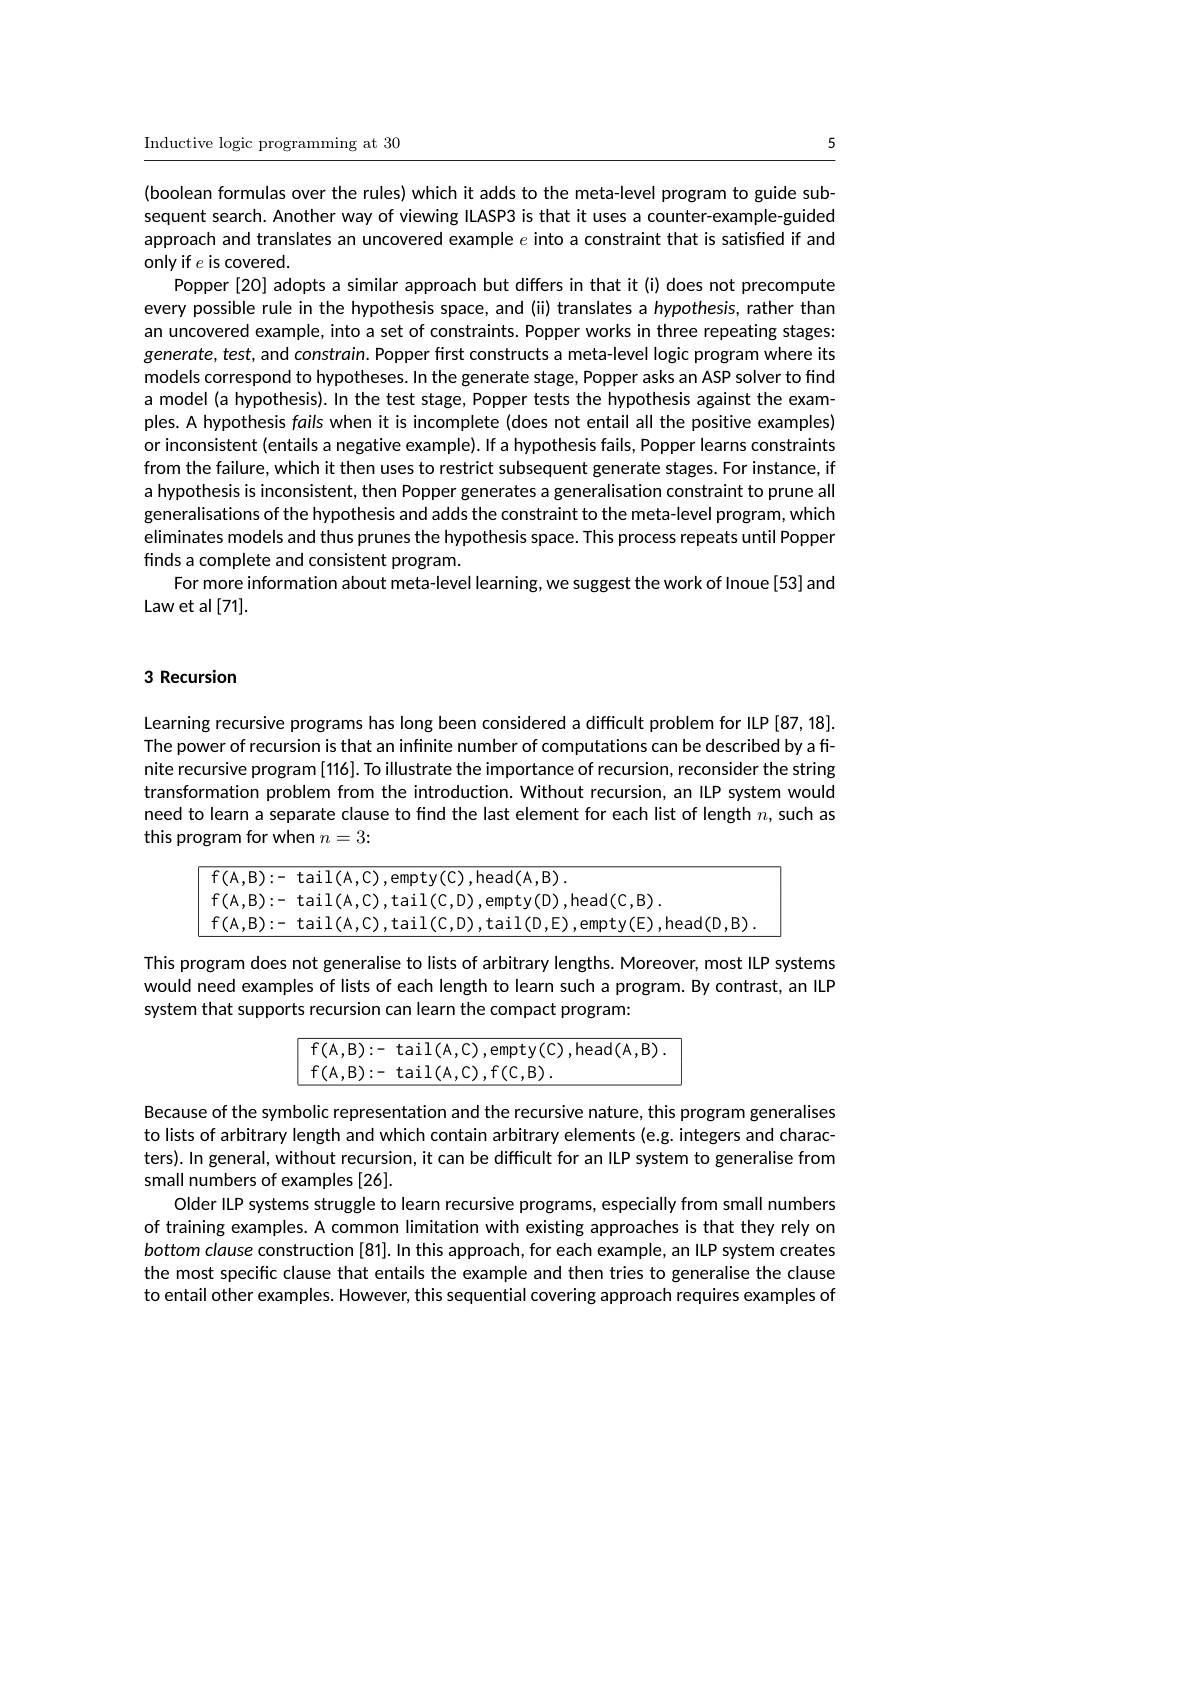
5

Inductive logic programming at 30

(boolean formulas over the rules) which it adds to the meta-level program to guide subsequent search. Another way of viewing ILASP3 is that it uses a counter-example-guided approach and translates an uncovered example $e$ into a constraint that is satisfied if and only if $e$ is covered.
Popper[20] adopts a similar approach but differs in that it(i) does not precompute every possible rule in the hypothesis space, and (ii) translates a hypothesis, rather than an uncovered example, into a set of constraints. Popper works in three repeating stages: generate, test, and constrain. Popper first constructs a meta-level logic program where its models correspond to hypotheses. In the generate stage, Popper asks an ASP solver to find a model(a hypothesis). In the test stage, Popper tests the hypothesis against the examples. A hypothesis fails when it is incomplete (does not entail all the positive examples) or inconsistent (entails a negative example).If a hypothesis fails, Popper learns constraints from the failure, which it then uses to restrict subsequent generate stages.For instance, if a hypothesis is inconsistent, then Popper generates a generalisation constraint to prune all generalisations of the hypothesis and adds the constraint to the meta-level program, which eliminates models and thus prunes the hypothesis space. This process repeats until Popper finds a complete and consistent program.
For more information about meta-level learning, we suggest the work of Inoue [53] and
Law et al [71].

### 3 Recursion

Learning recursive programs has long been considered a difficult problem for ILP[87,18]. The power of recursion is that an infinite number of computations can be described by a finite recursive program [116]. To illustrate the importance of recursion, reconsider the string transformation problem from the introduction. Without recursion, an ILP system would need to learn a separate clause to find the last element for each list of length $n$,such as this program for when $n=3:$

<FigureHere>

This program does not generalise to lists of arbitrary lengths. Moreover, most ILP systems would need examples of lists of each length to learn such a program. By contrast, an ILP system that supports recursion can learn the compact program:
$$\boxed{\begin{array}{c}\text{f(A,B):-}\text{tail(A,C),empty(C),head(A,B).}\\\text{f(A,B):-}\text{tail(A,C),f(C,B).}\end{array}}$$
Because of the symbolic representation and the recursive nature, this program generalises to lists of arbitrary length and which contain arbitrary elements (e.g. integers and characters). In general, without recursion, it can be difficult for an ILP system to generalise from small numbers of examples [26].
Older ILP systems struggle to learn recursive programs, especially from small numbers of training examples. A common limitation with existing approaches is that they rely on bottom clause construction [81]. In this approach, for each example, an ILP system creates the most specific clause that entails the example and then tries to generalise the clause to entail other examples. However, this sequential covering approach requires examples of